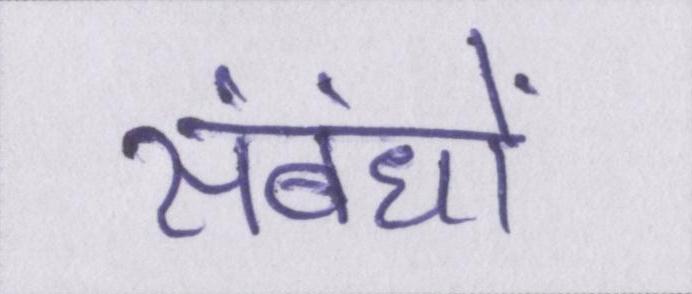
संबंधों